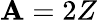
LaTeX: \mathbf{A}=2Z